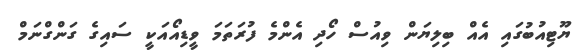
ޔޫޓިއުބުގައި އެއް ބިލިޔަން ވިއުސް ހޯދި އެންމެ ފުރަތަމަ ވީޑިއޯއަކީ ސައިގެ ގަންގްނަމް